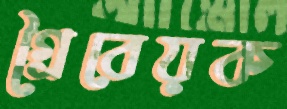
গ্রৈবেয়ক